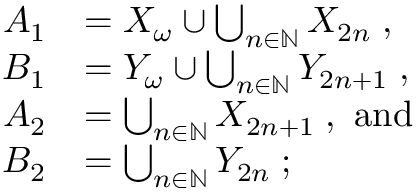
\begin{array} { r l } { A _ { 1 } } & { = X _ { \omega } \cup \bigcup _ { n \in \mathbb N } X _ { 2 n } \; , } \\ { B _ { 1 } } & { = Y _ { \omega } \cup \bigcup _ { n \in \mathbb N } Y _ { 2 n + 1 } \; , } \\ { A _ { 2 } } & { = \bigcup _ { n \in \mathbb N } X _ { 2 n + 1 } \; , \mathrm { ~ a n d } } \\ { B _ { 2 } } & { = \bigcup _ { n \in \mathbb N } Y _ { 2 n } \; ; } \end{array}